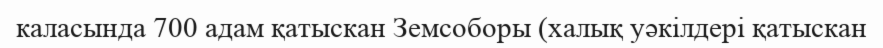
каласында 700 адам қатыскан Земсоборы (халық уәкілдері қатыскан